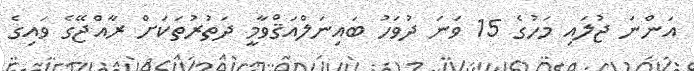
އަންނަ ޖުލައި މަހުގެ 15 ވަނަ ދުވަހު ބައިނަލްއަޤްވާމީ ދަތުރުތަކަށް ރާއްޖޭގެ ވައިގެ